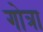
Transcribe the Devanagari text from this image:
गोत्रा